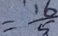
= \frac { 1 6 } { 5 }